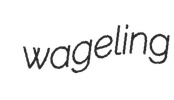
wageling